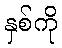
နှစ်ကို